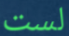
لست